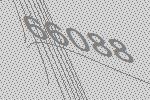
66088